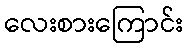
လေးစားကြောင်း